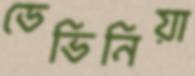
ডেভিনিয়া